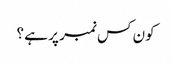
کون کس نمبر پر ہے ؟